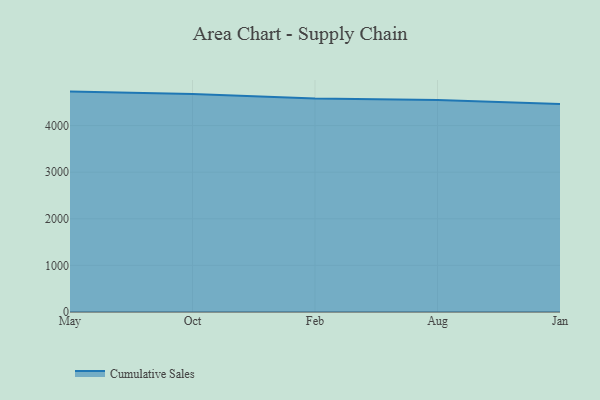
{"axis": {"x": "Month", "y": "Tickets Resolved"}, "legend": ["Cumulative Sales"], "data": [{"x": "May", "y": 4728.5, "type": "Cumulative Sales"}, {"x": "Oct", "y": 4674.5, "type": "Cumulative Sales"}, {"x": "Feb", "y": 4581.6, "type": "Cumulative Sales"}, {"x": "Aug", "y": 4547.9, "type": "Cumulative Sales"}, {"x": "Jan", "y": 4461.0, "type": "Cumulative Sales"}]}